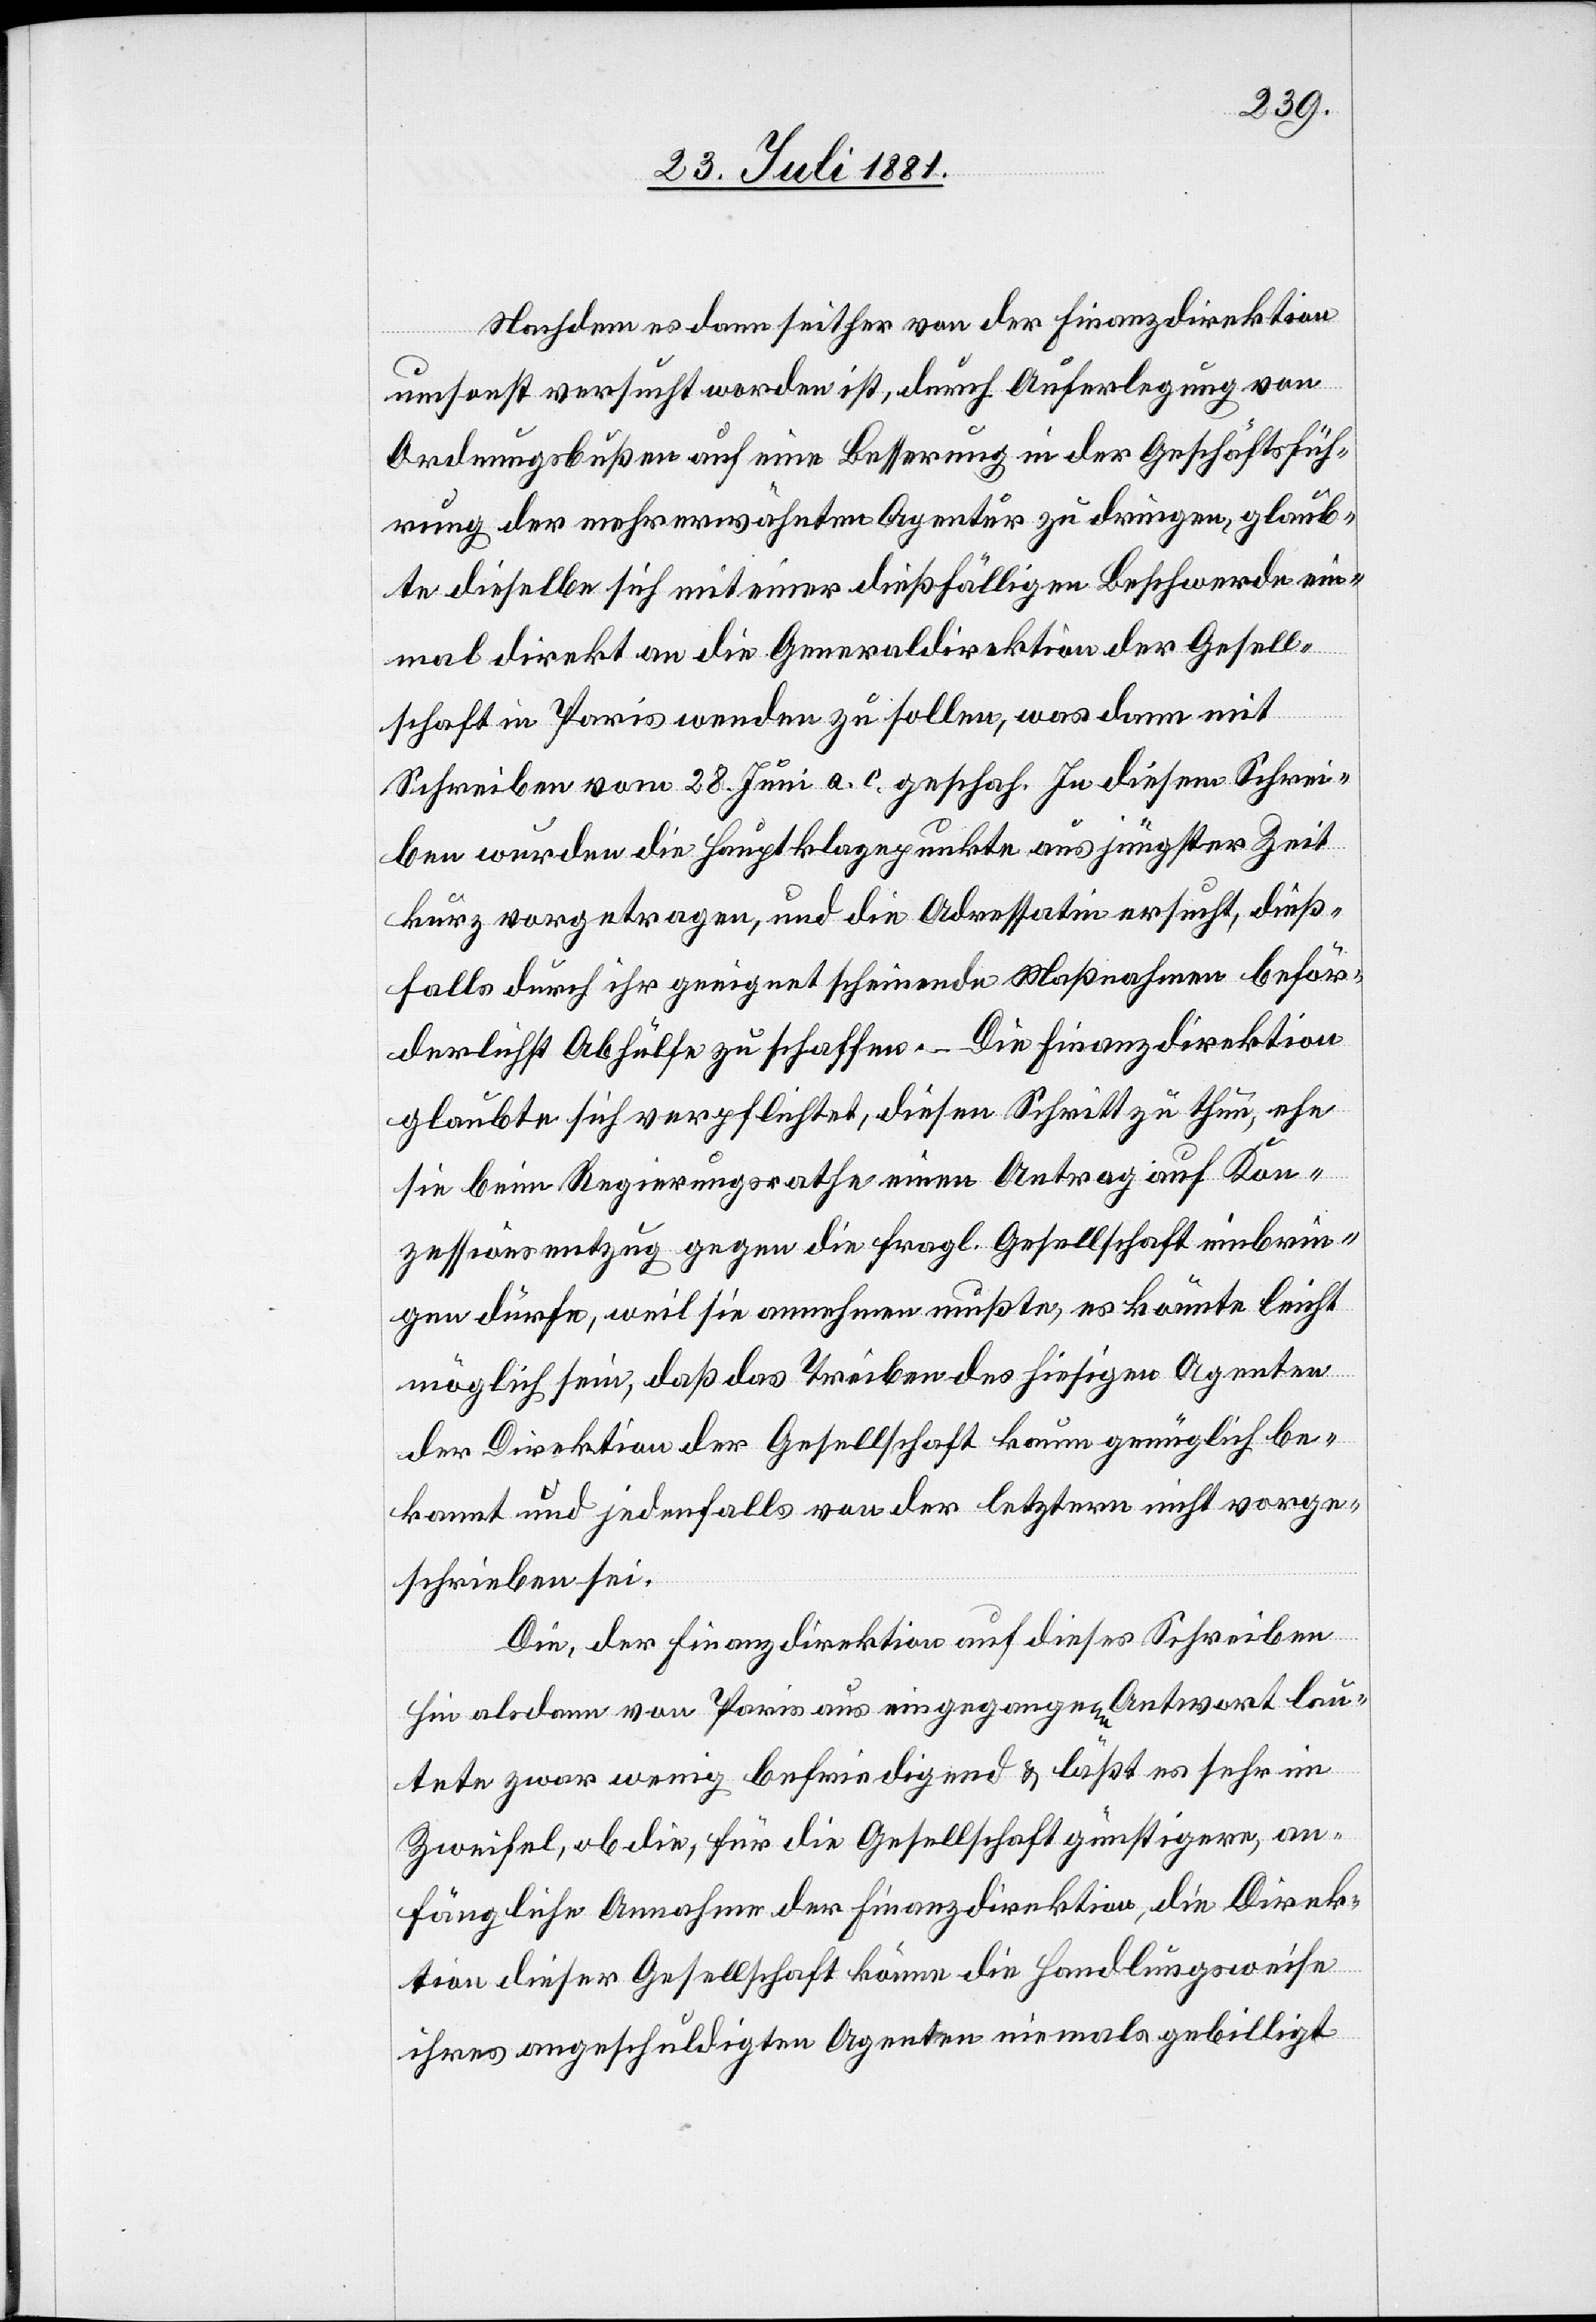
Nachdem es dann seither von der Finanzdirektion
umsonst versucht worden ist, durch Auferlegung von
Ordnungsbußen auf eine Besserung in der Geschäftsfüh¬
rung der mehrerwähnten Agentur zu dringen, glaub¬
te dieselbe sich mit einer dießfälligen Beschwerde ein¬
mal direkt an die Generaldirektion der Gesell¬
schaft in Paris wenden zu sollen, was dann mit
Schreiben vom 28. Juni a. c. geschah. In diesem Schrei¬
ben wurden die Hauptklagepunkte aus jüngster Zeit
kurz vorgetragen, und die Adressatin ersucht, dieß¬
fallst durch ihr geeignet scheinende Maßnahmen beför¬
derlichst Abhülfe zu schaffen. Die Finanzdirektion
glaubte sich verpflichtet, diesen Schritt zu thun, ehe
sie beim Regierungsrathe einen Antrag auf Kon¬
zessionsentzug gegen die fragl. Gesellschaft einbrin¬
gen dürfe, weil sie annehmen mußte, es könnte leicht
möglich sein, daß das Treiben hiesiger Agenten
der Direktion der Gesellschaft kaum genüglich be¬
kannt und jedenfalls von der letztern nicht vorge¬
schrieben sei.
Die, der Finanzdirektion auf dieses Schreiben
hin alsdann von Paris aus eingegangene Antwort lau¬
tete zwar wenig befriedigend & läßt es sehr im
Zweifel, ob die, für die Gesellschaft günstigere, an¬
fängliche Annahme der Finanzdirektion, die Direk¬
tion dieser Gesellschaft könne die Handlungsweise
ihres angeschuldigten Agenten niemals gebilligt